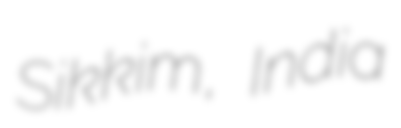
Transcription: Sikkim, India